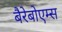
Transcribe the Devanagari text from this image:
बैरेबोएम्स